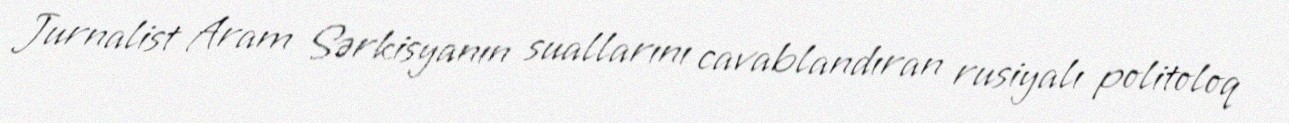
Jurnalist Aram Sərkisyanın suallarını cavablandıran rusiyalı politoloq